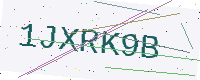
Text: 1JXRK9B